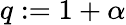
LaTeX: \textstyle q:={1+\alpha}